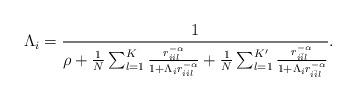
LaTeX: \begin{align*}\Lambda_i = \frac{1}{\rho + \frac{1}{N} \sum_{l=1}^K \frac{r_{iil}^{-\alpha}}{1 + \Lambda_i r_{iil}^{-\alpha}} + \frac{1}{N} \sum_{l=1}^{K'} \frac{r_{i\bar{i}l}^{-\alpha}}{1 + \Lambda_i r_{i\bar{i}l}^{-\alpha}} }.\end{align*}